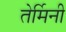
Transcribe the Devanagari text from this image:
तेर्मिनी